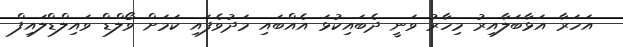
އަހަރާ އަޅާބަލާއިރު މިހާރު ވަނީ ދެބައިކުޅަ އެއްބައި މަދުވެފައި ކަމަށް ވޯލްޑް ވައިލްޑްލައިފް